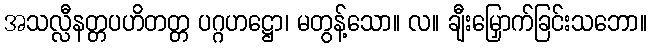
အသလ္လီနတ္တပဟိတတ္တ ပဂ္ဂဟဋ္ဌော၊ မတွန့်သော။ လ။ ချီးမြှောက်ခြင်းသဘော။